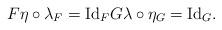
LaTeX: \begin{align*} F \eta \circ \lambda_F = {\rm Id}_F G\lambda \circ \eta_G = {\rm Id}_G. \end{align*}